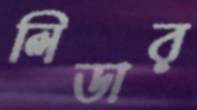
লিডার